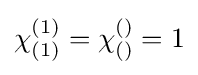
\chi _{(1)}^{(1)}=\chi _{()}^{()}=1